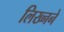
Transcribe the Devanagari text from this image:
लिख्नने